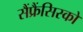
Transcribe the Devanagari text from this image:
सैंफ्रैंसिस्को